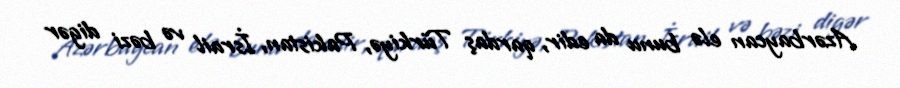
Azərbaycan elə bunu da edir, qardaş Türkiyə, Pakistan, İsrail və bəzi digər